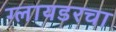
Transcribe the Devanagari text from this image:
ग्लायडरचा